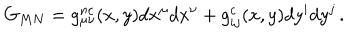
LaTeX: G _ { M N } = g _ { \mu \nu } ^ { n c } ( x , y ) d x ^ { \mu } d x ^ { \nu } + g _ { i j } ^ { c } ( x , y ) d y ^ { i } d y ^ { j } \, .